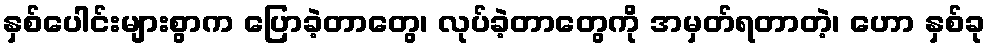
နှစ်ပေါင်းများစွာက ပြောခဲ့တာတွေ၊ လုပ်ခဲ့တာတွေကို အမှတ်ရတာတဲ့၊ ဟော နှစ်ခု